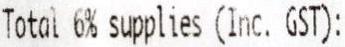
TOTAL 6% SUPPLIES (INC. GST):